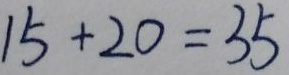
1 5 + 2 0 = 3 5